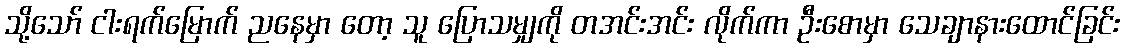
သို့သော် ငါးရက်မြောက် ညနေမှာ တော့ သူ ပြောသမျှကို တအင်းအင်း လိုက်ကာ ဦးစောမှာ သေချာနားထောင်ခြင်း